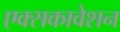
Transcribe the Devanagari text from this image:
एक्सकावेशन